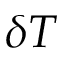
\delta T